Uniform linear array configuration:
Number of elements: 48
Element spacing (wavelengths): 1
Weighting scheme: uniform
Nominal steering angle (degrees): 60
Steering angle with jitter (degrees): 60.993
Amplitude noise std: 0.05
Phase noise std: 0.05

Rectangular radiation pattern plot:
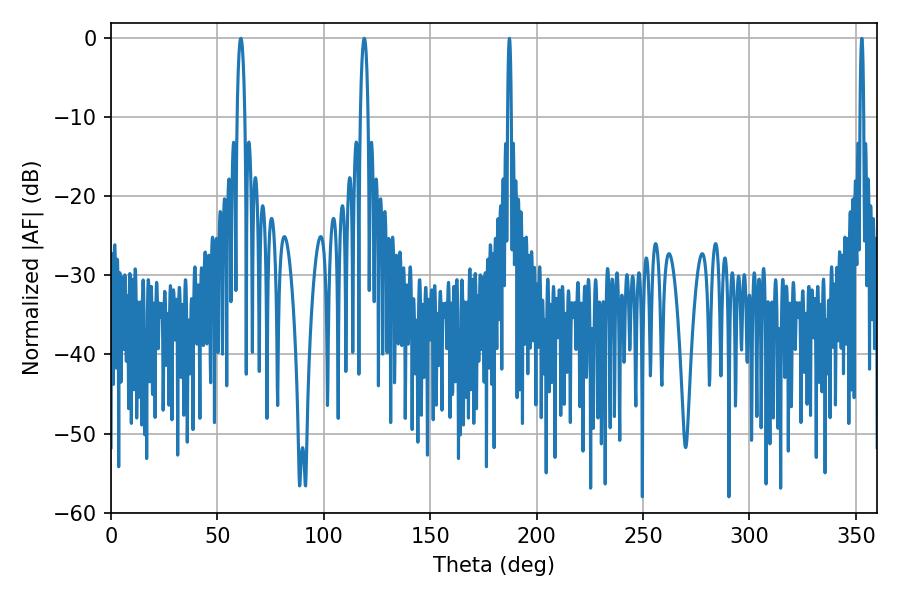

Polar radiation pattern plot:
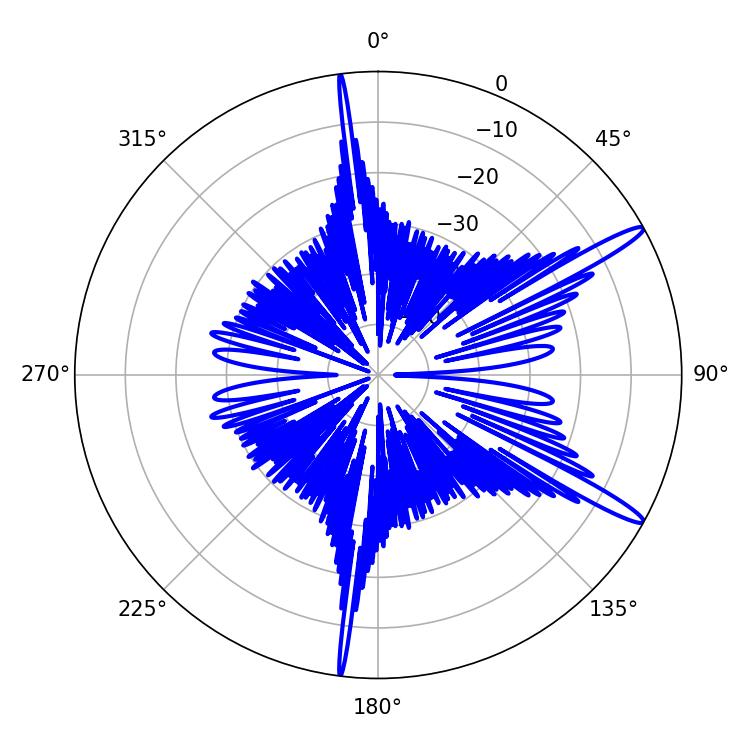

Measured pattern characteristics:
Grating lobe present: TRUE
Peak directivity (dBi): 14.629
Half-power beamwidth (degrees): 0.72
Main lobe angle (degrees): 187.2